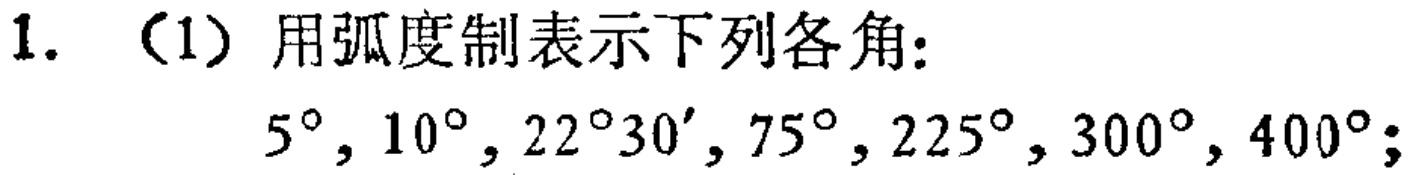
1. （1）用弧度制表示下列各角：

$5^{\circ},10^{\circ},22^{\circ}30',75^{\circ},225^{\circ},300^{\circ},400^{\circ}$；